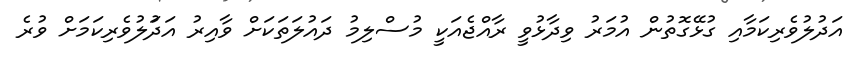
އަދުލުވެރިކަމާއި ގުޅޭގޮތުން އުމަރު ވިދާޅުވީ ރާއްޖެއަކީ މުސްލިމު ދައުލަތަކަށް ވާއިރު އަދަުލުވެރިކަމަށް ވުރެ